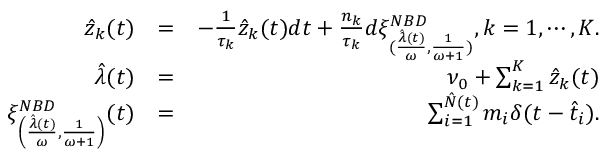
\begin{array} { r l r } { \hat { z } _ { k } ( t ) } & { = } & { - \frac { 1 } { \tau _ { k } } \hat { z } _ { k } ( t ) d t + \frac { n _ { k } } { \tau _ { k } } d \xi _ { ( \frac { \hat { \lambda } ( t ) } { \omega } , \frac { 1 } { \omega + 1 } ) } ^ { N B D } , k = 1 , \cdots , K . } \\ { \hat { \lambda } ( t ) } & { = } & { \nu _ { 0 } + \sum _ { k = 1 } ^ { K } \hat { z } _ { k } ( t ) } \\ { \xi _ { \left( \frac { \hat { \lambda } ( t ) } { \omega } , \frac { 1 } { \omega + 1 } \right) } ^ { N B D } ( t ) } & { = } & { \sum _ { i = 1 } ^ { \hat { N } ( t ) } m _ { i } \delta ( t - \hat { t } _ { i } ) . } \end{array}